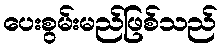
ပေးစွမ်းမည်ဖြစ်သည်